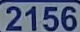
2156